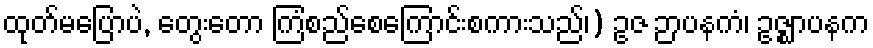
ထုတ်မပြောပဲ, တွေးတော ကြံစည်စေကြောင်းစကားသည်၊) ဥဇ ဉာပနကံ၊ ဥဇ္ဈာပနက